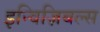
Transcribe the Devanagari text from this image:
इन्विज़िबल्स